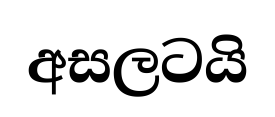
අසලටයි